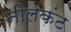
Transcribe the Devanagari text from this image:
नीलकंट